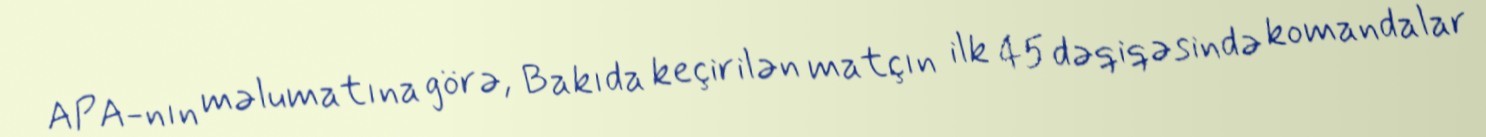
APA-nın məlumatına görə, Bakıda keçirilən matçın ilk 45 dəqiqəsində komandalar